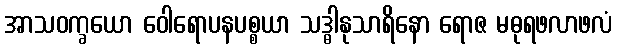
အာသဝက္ခယော ဝေါရောပနပစ္စယာ သဒ္ဓါနုသာရိနော ရောဇ မဓုရဖလာဖလံ